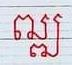
ឍ្ឍ